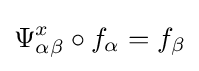
\Psi _{\alpha \beta }^{x}\circ f_{\alpha }=f_{\beta }